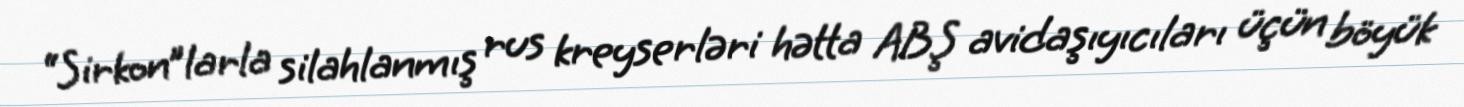
“Sirkon”larla silahlanmış rus kreyserləri hətta ABŞ avidaşıyıcıları üçün böyük